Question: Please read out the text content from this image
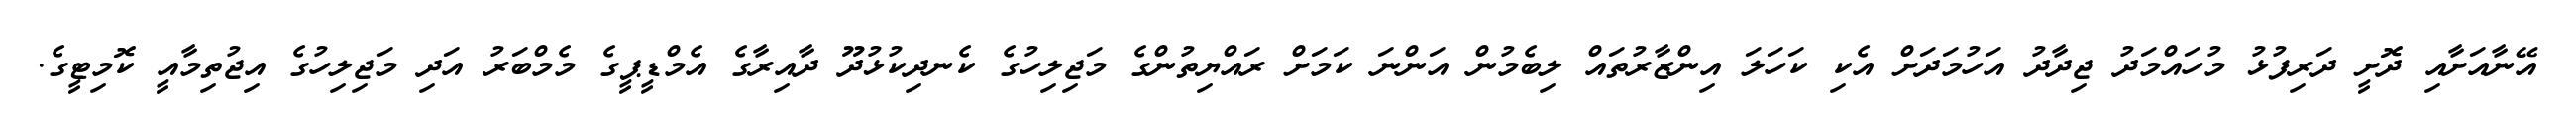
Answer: އޭނާއަށާއި ދޮށީ ދަރިފުޅު މުހައްމަދު ޖިދާދު އަހުމަދަށް އެކި ކަހަލަ އިންޒާރުތައް ލިބެމުން އަންނަ ކަމަށް ރައްޔިތުންގެ މަޖިލިހުގެ ކެނދިކުޅުދޫ ދާއިރާގެ އެމްޑީޕީގެ މެމްބަރު އަދި މަޖިލިހުގެ އިޖުތިމާއީ ކޮމިޓީގެ.